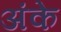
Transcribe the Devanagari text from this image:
अंके